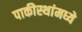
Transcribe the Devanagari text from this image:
पाकीस्थांमध्ये